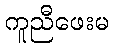
ကူညီဖေးမ